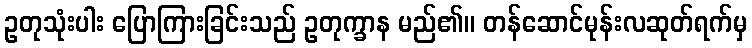
ဥတုသုံးပါး ပြောကြားခြင်းသည် ဥတုက္ခာန မည်၏။ တန်ဆောင်မုန်းလဆုတ်ရက်မှ